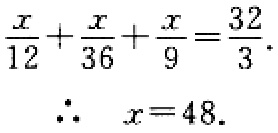
\(\frac{x}{12}+\frac{x}{36}+\frac{x}{9}=\frac{32}{3}.\)
\(\therefore\ x = 48.\)